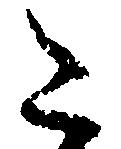
こ